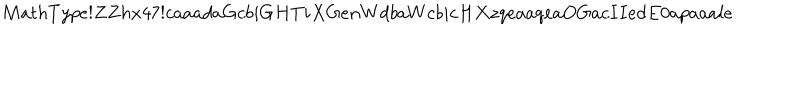
M a t h T y p e ! Z Z h x 4 7 ! c a a a d a G c b i G H T i X G e n W d b a W c b i c H X z q e a a q e a O G a c I I e d E 0 a p a a a l e